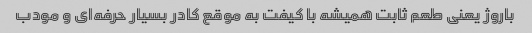
باروژ یعنی طعم ثابت همیشه با کیفت به موقع کادر بسیار حرفه‌ای و مودب